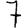
Digit: 7